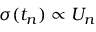
\sigma ( t _ { n } ) \propto U _ { n }